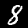
Label: 8